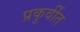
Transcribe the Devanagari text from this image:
प्रकुर्वीत